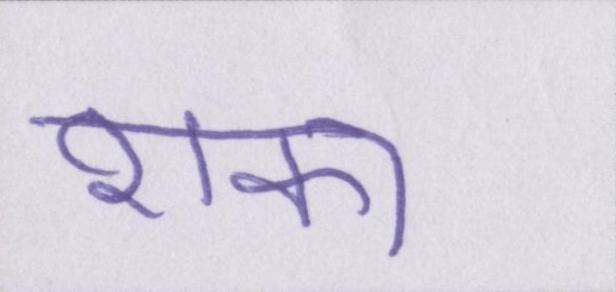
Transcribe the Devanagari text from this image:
शंका